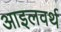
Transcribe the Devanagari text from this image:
आइलवर्थ